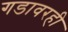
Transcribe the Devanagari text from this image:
गडावरही